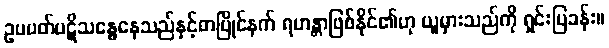
ဥပပတ်ပဋိသန္ဓေနေသည်နှင့်တပြိုင်နက် ရဟန္တာဖြစ်နိုင်၏ဟု ယူမှားသည်ကို ရှင်းပြခန်း။